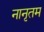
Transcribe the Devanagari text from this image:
नानृतम